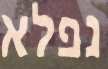
נפלא